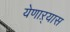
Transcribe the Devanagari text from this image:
येणाऱ्यास